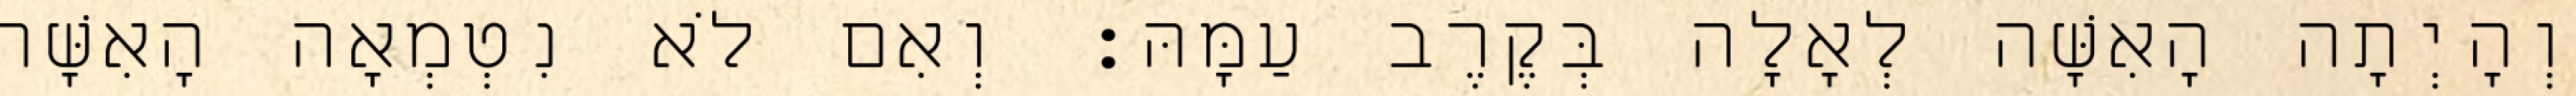
וְהָיְתָה הָאִשָּׁה לְאָלָה בְּקֶרֶב עַמָּהּ׃ וְאִם לֹא נִטְמְאָה הָאִשָּׁה